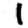
Digit: 1